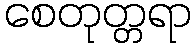
စေတုတ္တရာ